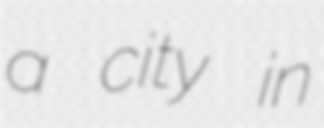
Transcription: a city in